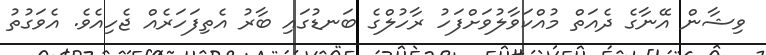
ވިޝާން އޭނާގެ ދެއަތް މުއްކަވާލުވަށްފަހު ރާހުލްގެ ބަނޑުގައި ބާރު އެތިފަހަރެއް ޖެހިއެވެ. އެވަގުތު